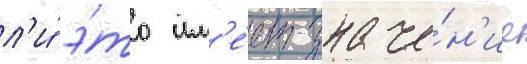
л'и́ э́то им'е́ет значе́н'ие